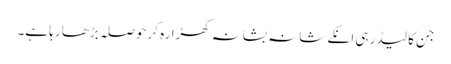
جن کا لیڈر ہی انکے شانہ بشانہ کھڑا رہ کرحوصلہ بڑھا رہا ہے۔